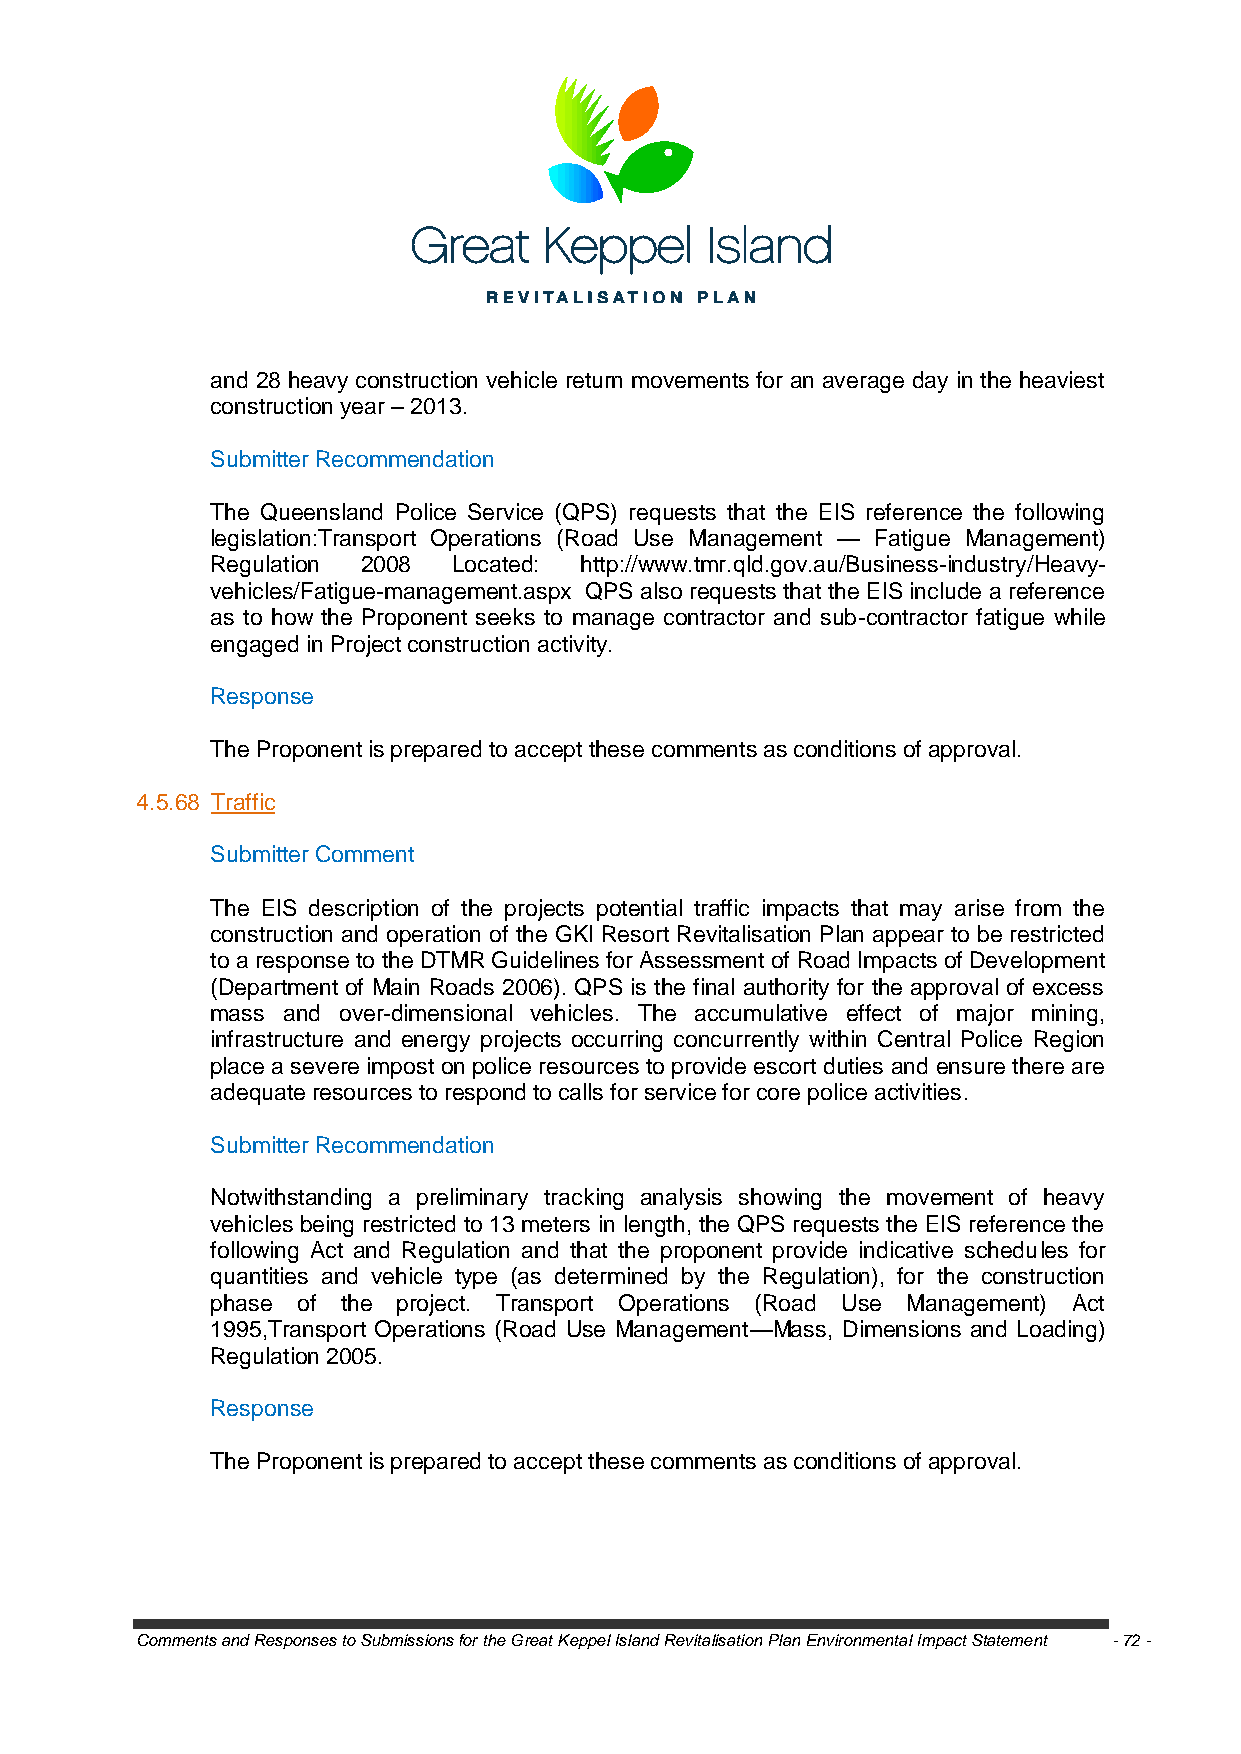
and 28 heavy construction vehicle return movements for an average day in the heaviest
 construction year – 2013.
 Submitter Recommendation
 The Queensland Police Service (QPS) requests that the EIS reference the following
 legislation:Transport Operations (Road Use Management — Fatigue Management)
 Regulation 2008 Located: http://www.tmr.qld.gov.au/Business-industry/Heavy-
 vehicles/Fatigue-management.aspx QPS also requests that the EIS include a reference
 as to how the Proponent seeks to manage contractor and sub-contractor fatigue while
 engaged in Project construction activity.
 Response
 The Proponent is prepared to accept these comments as conditions of approval.
 4.5.68 Traffic
 Submitter Comment
 The EIS description of the projects potential traffic impacts that may arise from the
 construction and operation of the GKI Resort Revitalisation Plan appear to be restricted
 to a response to the DTMR Guidelines for Assessment of Road Impacts of Development
 (Department of Main Roads 2006). QPS is the final authority for the approval of excess
 mass and over-dimensional vehicles. The accumulative effect of major mining,
 infrastructure and energy projects occurring concurrently within Central Police Region
 place a severe impost on police resources to provide escort duties and ensure there are
 adequate resources to respond to calls for service for core police activities.
 Submitter Recommendation
 Notwithstanding a preliminary tracking analysis showing the movement of heavy
 vehicles being restricted to 13 meters in length, the QPS requests the EIS reference the
 following Act and Regulation and that the proponent provide indicative schedules for
 quantities and vehicle type (as determined by the Regulation), for the construction
 phase of the project. Transport Operations (Road Use Management) Act
 1995,Transport Operations (Road Use Management—Mass, Dimensions and Loading)
 Regulation 2005.
 Response
 The Proponent is prepared to accept these comments as conditions of approval.
 Comments and Responses to Submissions for the Great Keppel Island Revitalisation Plan Environmental Impact Statement - 72 -